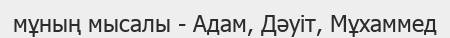
мұның мысалы - Адам, Дәуіт, Мұхаммед